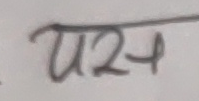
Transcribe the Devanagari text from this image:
प२+